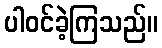
ပါဝင်ခဲ့ကြသည်။